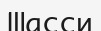
Шасси